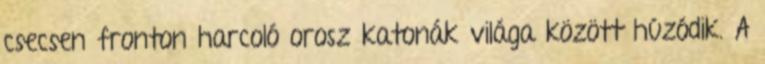
csecsen fronton harcoló orosz katonák világa között húzódik. A